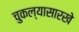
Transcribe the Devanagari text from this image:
चुकल्यासारखे